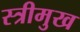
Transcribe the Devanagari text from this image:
स्त्रीमुख